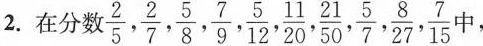
2.在分数\frac{2}{5}, \frac{2}{7}, \frac{5}{8}, \frac{7}{9}, \frac{5}{12}, \frac{11}{20}, \frac{21}{50}, \frac{5}{7}, \frac{8}{27}, \frac{7}{15}中，